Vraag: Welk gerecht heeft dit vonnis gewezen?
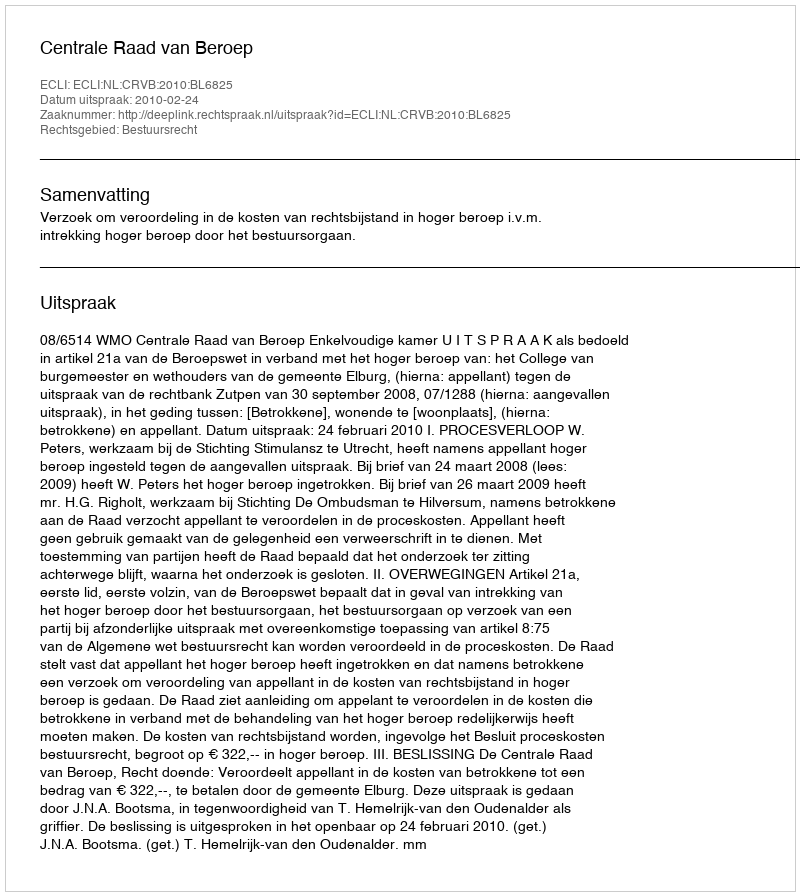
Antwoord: Centrale Raad van Beroep